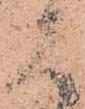
く